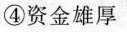
④资金雄厚